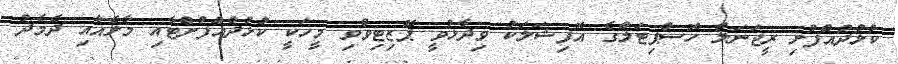
ކުޅުދުއްފުށި ރީޖަނަލް ހޮސްޕިޓަލްގެ އޮފިޝަލަކު ވިދާޅުވީ ޕޮޒިޓިވްވި މީހަކީ ކުޅުދުއްފުށްޓާއި މާލެއާއި ދެމެދު